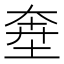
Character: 𱖸